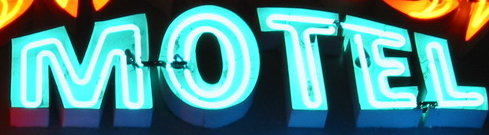
MOTEL